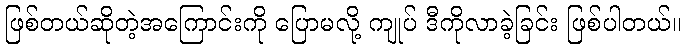
ဖြစ်တယ်ဆိုတဲ့အကြောင်းကို ပြောမလို့ ကျုပ် ဒီကိုလာခဲ့ခြင်း ဖြစ်ပါတယ်။